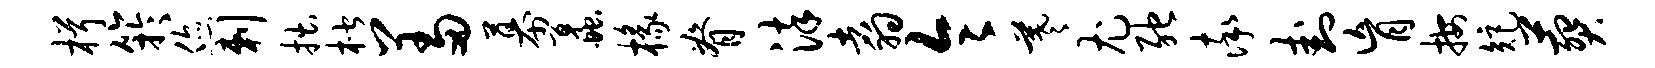
楫竽您剌拙楷羞幕蠡椽脊染翥令羲尤弛率卦肓按矩葬